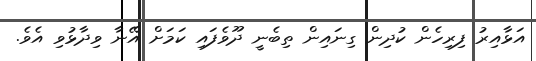
އަޅާއިރު ފިރިހެން ކުދިން ގިނައިން ތިބެނީ ދޫވެފައި ކަމަށް އޭނާ ވިދާޅުވި އެވެ.